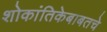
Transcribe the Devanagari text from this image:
शोकांतिकेबाबतचे